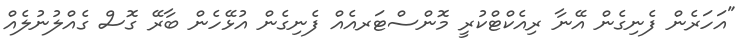
"އަހަރެން ފެނިގެން އޭނާ ރިއެކްޓްކުރީ މޮންސްޓަރއެއް ފެނިގެން އުޅޭހެން ބާރޭ ގޮސް ގެއްލުނުލެއް